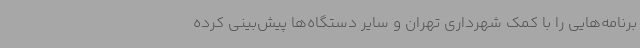
برنامه‌هایی را با کمک شهرداری تهران و سایر دستگاه‌ها پیش‌بینی کرده